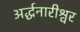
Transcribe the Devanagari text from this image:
अर्द्धनारीश्वर